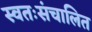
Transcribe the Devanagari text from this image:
स्वतःसंचालित